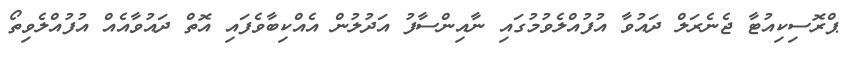
ޕްރޮސިކިއުޓާ ޖެނެރަލް ދައުވާ އުފުއްލެވުމުގައި ނާއިންސާފު އަދުލުން އެއްކިބާވެފައި އޮތް ދައުވާއެއް އުފުއްލެވިތޯ